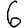
Digit: 6